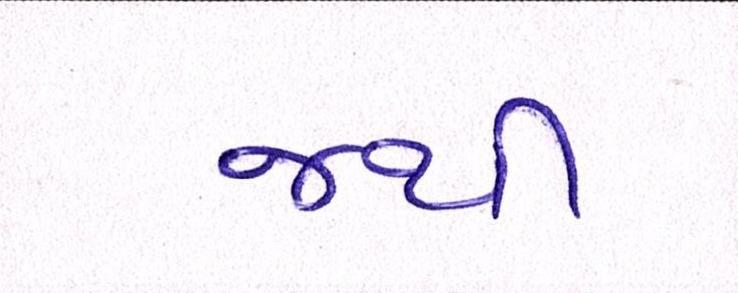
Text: જથી